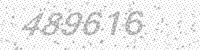
Solution: 489616